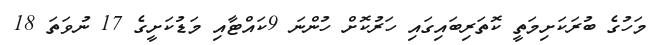
މަހުގެ ބުރަކަށިމަތީ ކޮތަރިބައިގައި ހަރުކޮށް ހުންނަ 9ކައްޓާއި މަޑުކަށީގެ 17 ނުވަތަ 18